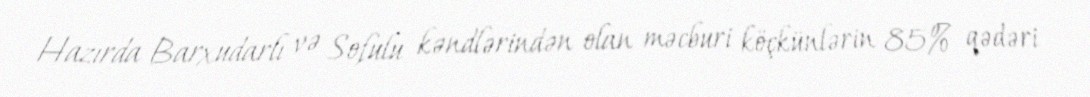
Hazırda Barxudarlı və Sofulu kəndlərindən olan məcburi köçkünlərin 85% qədəri